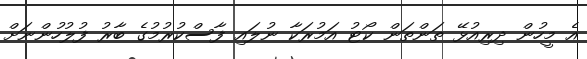
އެ މީހުން ދިރިއުޅޭ ތަންތަން ކޯޓު އަމުރަކާ ނުލައި ފާސްކުރުމުގެ ބާރު ފުލުހުންނަށް